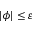
| \phi | \leq \varepsilon